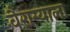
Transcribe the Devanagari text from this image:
वैराग्याला